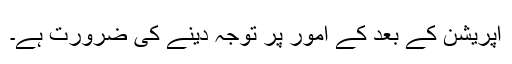
آپریشن کے بعد کے امور پر توجہ دینے کی ضرورت ہے۔